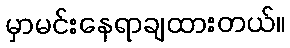
မှာမင်းနေရာချထားတယ်။